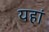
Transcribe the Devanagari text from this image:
यहां